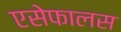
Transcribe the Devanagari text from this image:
एसेफालस